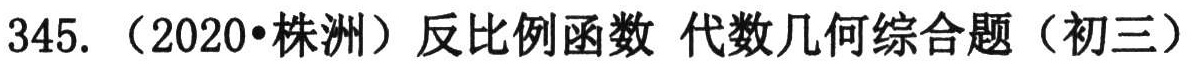
345.（2020•株洲）反比例函数 代数几何综合题（初三）